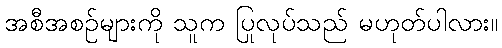
အစီအစဉ်များကို သူက ပြုလုပ်သည် မဟုတ်ပါလား။